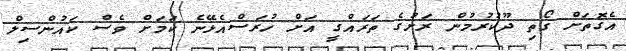
އެގޮތަށް ގޯތި ދޫކުރުމުން ރަށުގެ ތަރައްގީ އަށް ހުރަސްއެޅޭނެ ކަމަށް ވެސް ކައުންސިލް